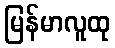
မြန်မာလူထု